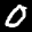
Label: 0